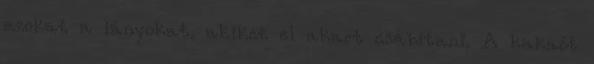
azokat a lányokat, akiket el akart csábítani. A kakaót